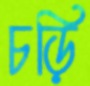
চড়ি